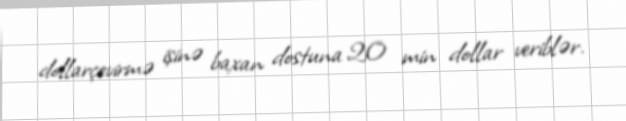
dollarçevirmə işinə baxan dostuna 20 min dollar veriblər.